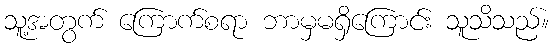
သူ့အတွက် ကြောက်စရာ ဘာမှမရှိကြောင်း သူသိသည်။